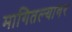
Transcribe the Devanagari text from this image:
मागितल्यावर